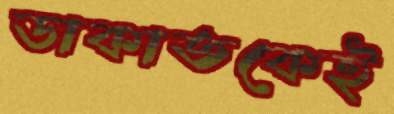
ডাকাতকেই